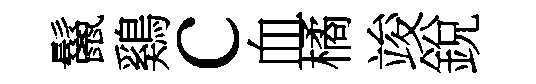
鬣鷄c血橘竣銳